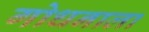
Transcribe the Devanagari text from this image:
गोधनाला